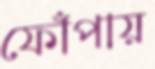
ফোঁপায়